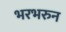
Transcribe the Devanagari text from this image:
भरभरुन